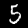
Label: 5